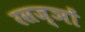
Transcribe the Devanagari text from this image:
रसज्ञों